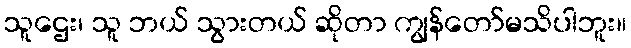
သူဌေး၊ သူ ဘယ် သွားတယ် ဆိုတာ ကျွန်တော်မသိပါဘူး။